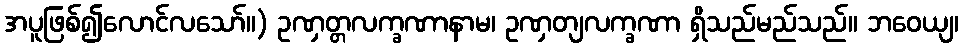
အပူဖြစ်၍လောင်လသော်။) ဥဏှတ္တလက္ခဏာနာမ၊ ဥဏှတျလက္ခဏာ ရှိသည်မည်သည်။ ဘဝေယျ၊